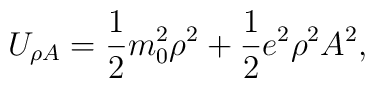
U_{\rho A} = {1\over 2}m_0^2\rho^2 + {1\over 2}e^2\rho^2A^2,